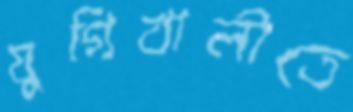
যুগিখালীতে